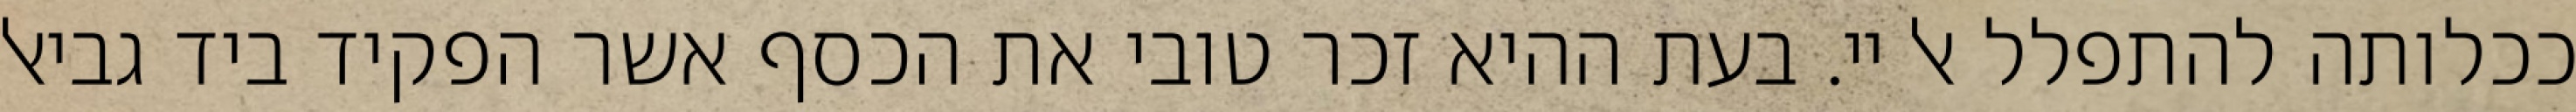
ככלותה להתפלל אל יי. בעת ההיא זכר טובי את הכסף אשר הפקיד ביד גביאל